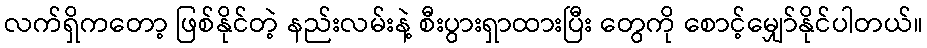
လက်ရှိကတော့ ဖြစ်နိုင်တဲ့ နည်းလမ်းနဲ့ စီးပွားရှာထားပြီး တွေကို စောင့်မျှော်နိုင်ပါတယ်။